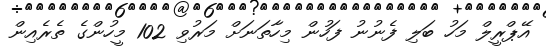
އޭޕްރީލް މަހު ބަލި ފެނުނު ފަހުން މިހާތަނަށް މަރުވި 102 މީހުންގެ ތެރެއިން